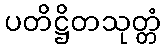
ပတိဋ္ဌိတသုတ္တံ